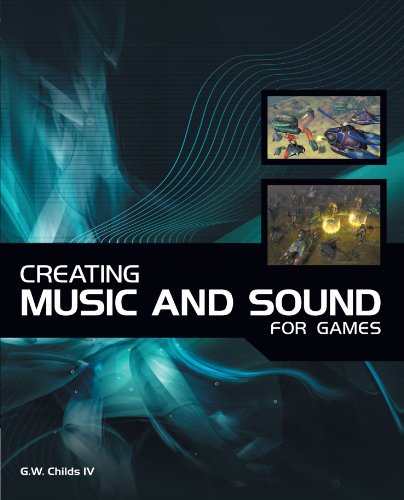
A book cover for Creating Music and Sound for Games; G. W. Childs; Computers & Technology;